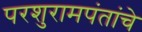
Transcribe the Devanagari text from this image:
परशुरामपंतांचे